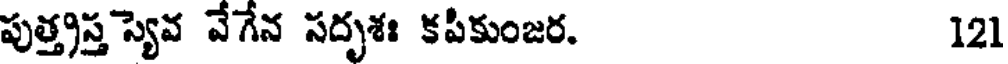
పుత్త్రస్త స్యెవ వేగేన సదృశః కపీకుంజర. 121